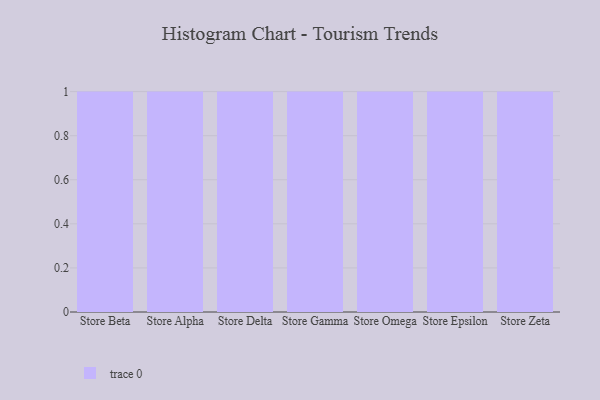
{"axis": {"x": "Store", "y": "Gross Profit (USD K)"}, "legend": [""], "data": [{"x": "Store Beta", "y": 5, "type": ""}, {"x": "Store Alpha", "y": 86, "type": ""}, {"x": "Store Delta", "y": 73, "type": ""}, {"x": "Store Gamma", "y": 54, "type": ""}, {"x": "Store Omega", "y": 4, "type": ""}, {"x": "Store Epsilon", "y": 57, "type": ""}, {"x": "Store Zeta", "y": 39, "type": ""}]}